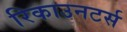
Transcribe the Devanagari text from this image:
रिकाउनटर्स